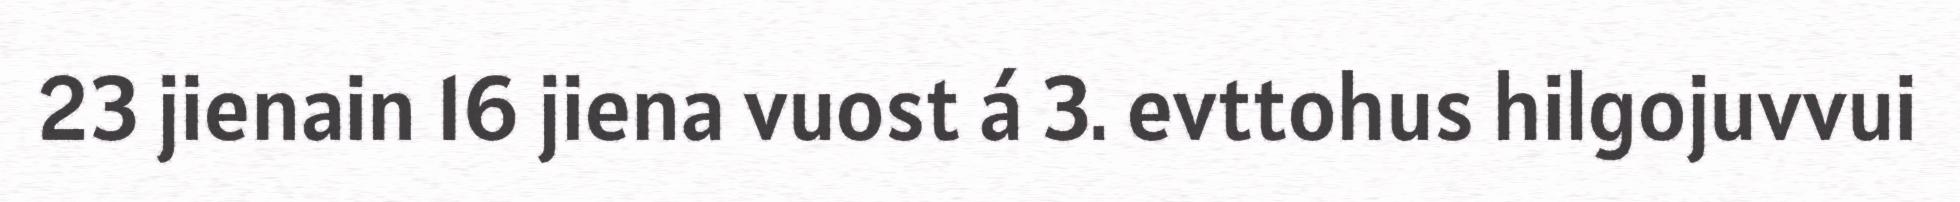
23 jienain 16 jiena vuost á 3. evttohus hilgojuvvui